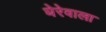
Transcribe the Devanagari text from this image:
घेरेवाला